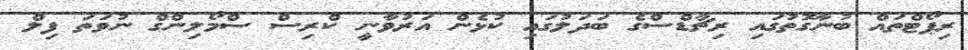
ރިޕޯޓްތައް ބުނާގޮތުގައި ރިޗާޑްސްގެ ބަދަލުގައި ކުޅެން އަރުވާނީ ކްރިސް ސްމޯލިންގް ނުވަތަ ފިލް